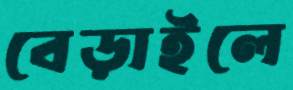
বেড়াইলে